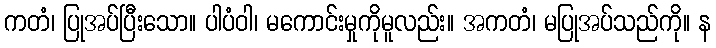
ကတံ၊ ပြုအပ်ပြီးသော။ ပါပံဝါ၊ မကောင်းမှုကိုမူလည်း။ အကတံ၊ မပြုအပ်သည်ကို။ န